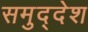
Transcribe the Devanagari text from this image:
समुद्देश